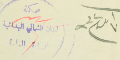
٧ ايلول ٩٣٢	محكمة لبنان الشمالي البدائية النيابة العامة